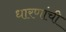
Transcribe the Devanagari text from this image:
धारणांची